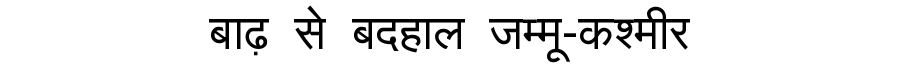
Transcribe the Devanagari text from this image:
बाढ़ से बदहाल जम्मू-कश्मीर